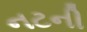
નટની